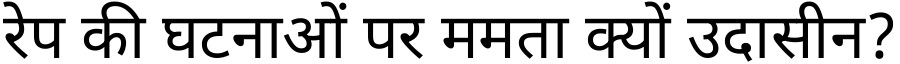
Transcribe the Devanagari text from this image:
रेप की घटनाओं पर ममता क्यों उदासीन?